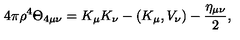
4 \pi \rho ^ { 4 } \Theta _ { 4 \mu \nu } = K _ { \mu } K _ { \nu } - ( K _ { \mu } , V _ { \nu } ) - \frac { \eta _ { \mu \nu } } { 2 } ,